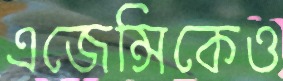
এজেন্সিকেও